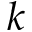
k